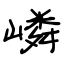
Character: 嶙